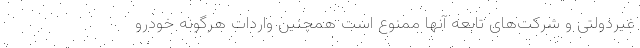
غیردولتی و شرکت‌های تابعه آنها ممنوع است همچنین واردات هرگونه خودرو